Vaccination in Bombay 1863-1868 - 1863-1868
Year: 1863
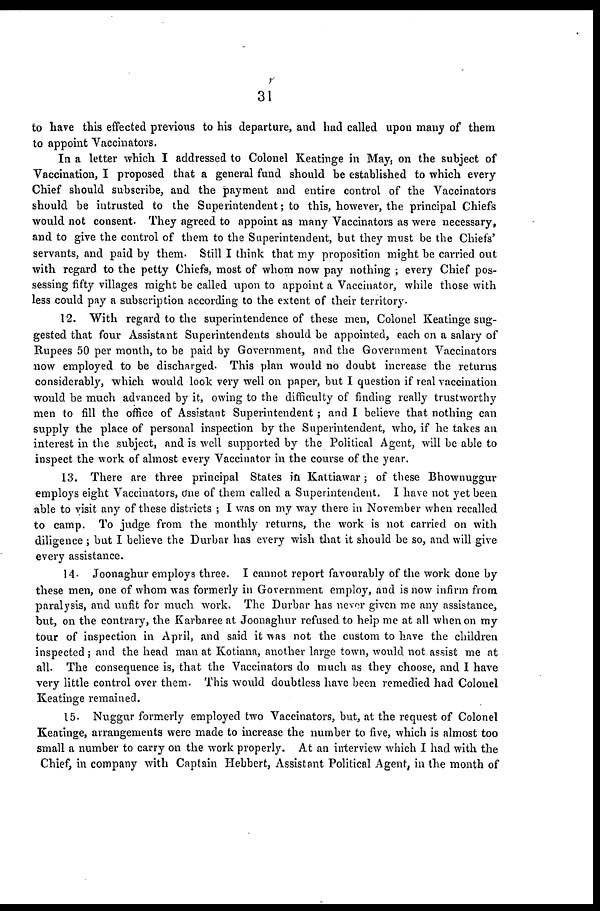
31
to have this effected previous to his departure, and had called upon many of them
to appoint Vaccinators.
In a letter which I addressed to Colonel Keatinge in May, on the subject of
Vaccination, I proposed that a general fund should be established to which every
Chief should subscribe, and the payment and entire control of the Vaccinators
should be intrusted to the Superintendent; to this, however, the principal Chiefs
would not consent. They agreed to appoint as many Vaccinators as were necessary,
and to give the control of them to the Superintendent, but they must be the Chiefs'
servants, and paid by them. Still I think that my proposition might be carried out
with regard to the petty Chiefs, most of whom now pay nothing ; every Chief pos-
sessing fifty villages might be called upon to appoint a Vaccinator, while those with
less could pay a subscription according to the extent of their territory.
12. With regard to the superintendence of these men, Colonel Keatinge sug-
gested that four Assistant Superintendents should be appointed, each on a salary of
Rupees 50 per month, to be paid by Government, and the Government Vaccinators
now employed to be discharged. This plan would no doubt increase the returns
considerably, which would look very well on paper, but I question if real vaccination
would be much advanced by it, owing to the difficulty of finding really trustworthy
men to fill the office of Assistant Superintendent; and I believe that nothing can
supply the place of personal inspection by the Superintendent, who, if he takes an
interest in the subject, and is well supported by the Political Agent, will be able to
inspect the work of almost every Vaccinator in the course of the year.
13. There are three principal States in Kattiawar; of these Bhownuggur
employs eight Vaccinators, one of them called a Superintendent. I have not yet been
able to visit any of these districts ; I was on my way there in November when recalled
to camp. To judge from the monthly returns, the work is not carried on with
diligence ; but I believe the Durbar has every wish that it should be so, and will give
every assistance.
14. Joonaghur employs three. I cannot report favourably of the work done by
these men, one of whom was formerly in Government employ, and is now infirm from
paralysis, and unfit for much work. The Durbar has never given me any assistance,
but, on the contrary, the Karbaree at Joonaghur refused to help me at all when on my
tour of inspection in April, and said it was not the custom to have the children
inspected ; and the head man at Kotiana, another large town, would not assist me at
all. The consequence is, that the Vaccinators do much as they choose, and I have
very little control over them. This would doubtless have been remedied had Colonel
Keatinge remained.
15. Nuggur formerly employed two Vaccinators, but, at the request of Colonel
Keatinge, arrangements were made to increase the number to five, which is almost too
small a number to carry on the work properly. At an interview which I had with the
Chief, in company with Captain Hebbert, Assistant Political Agent, in the month of